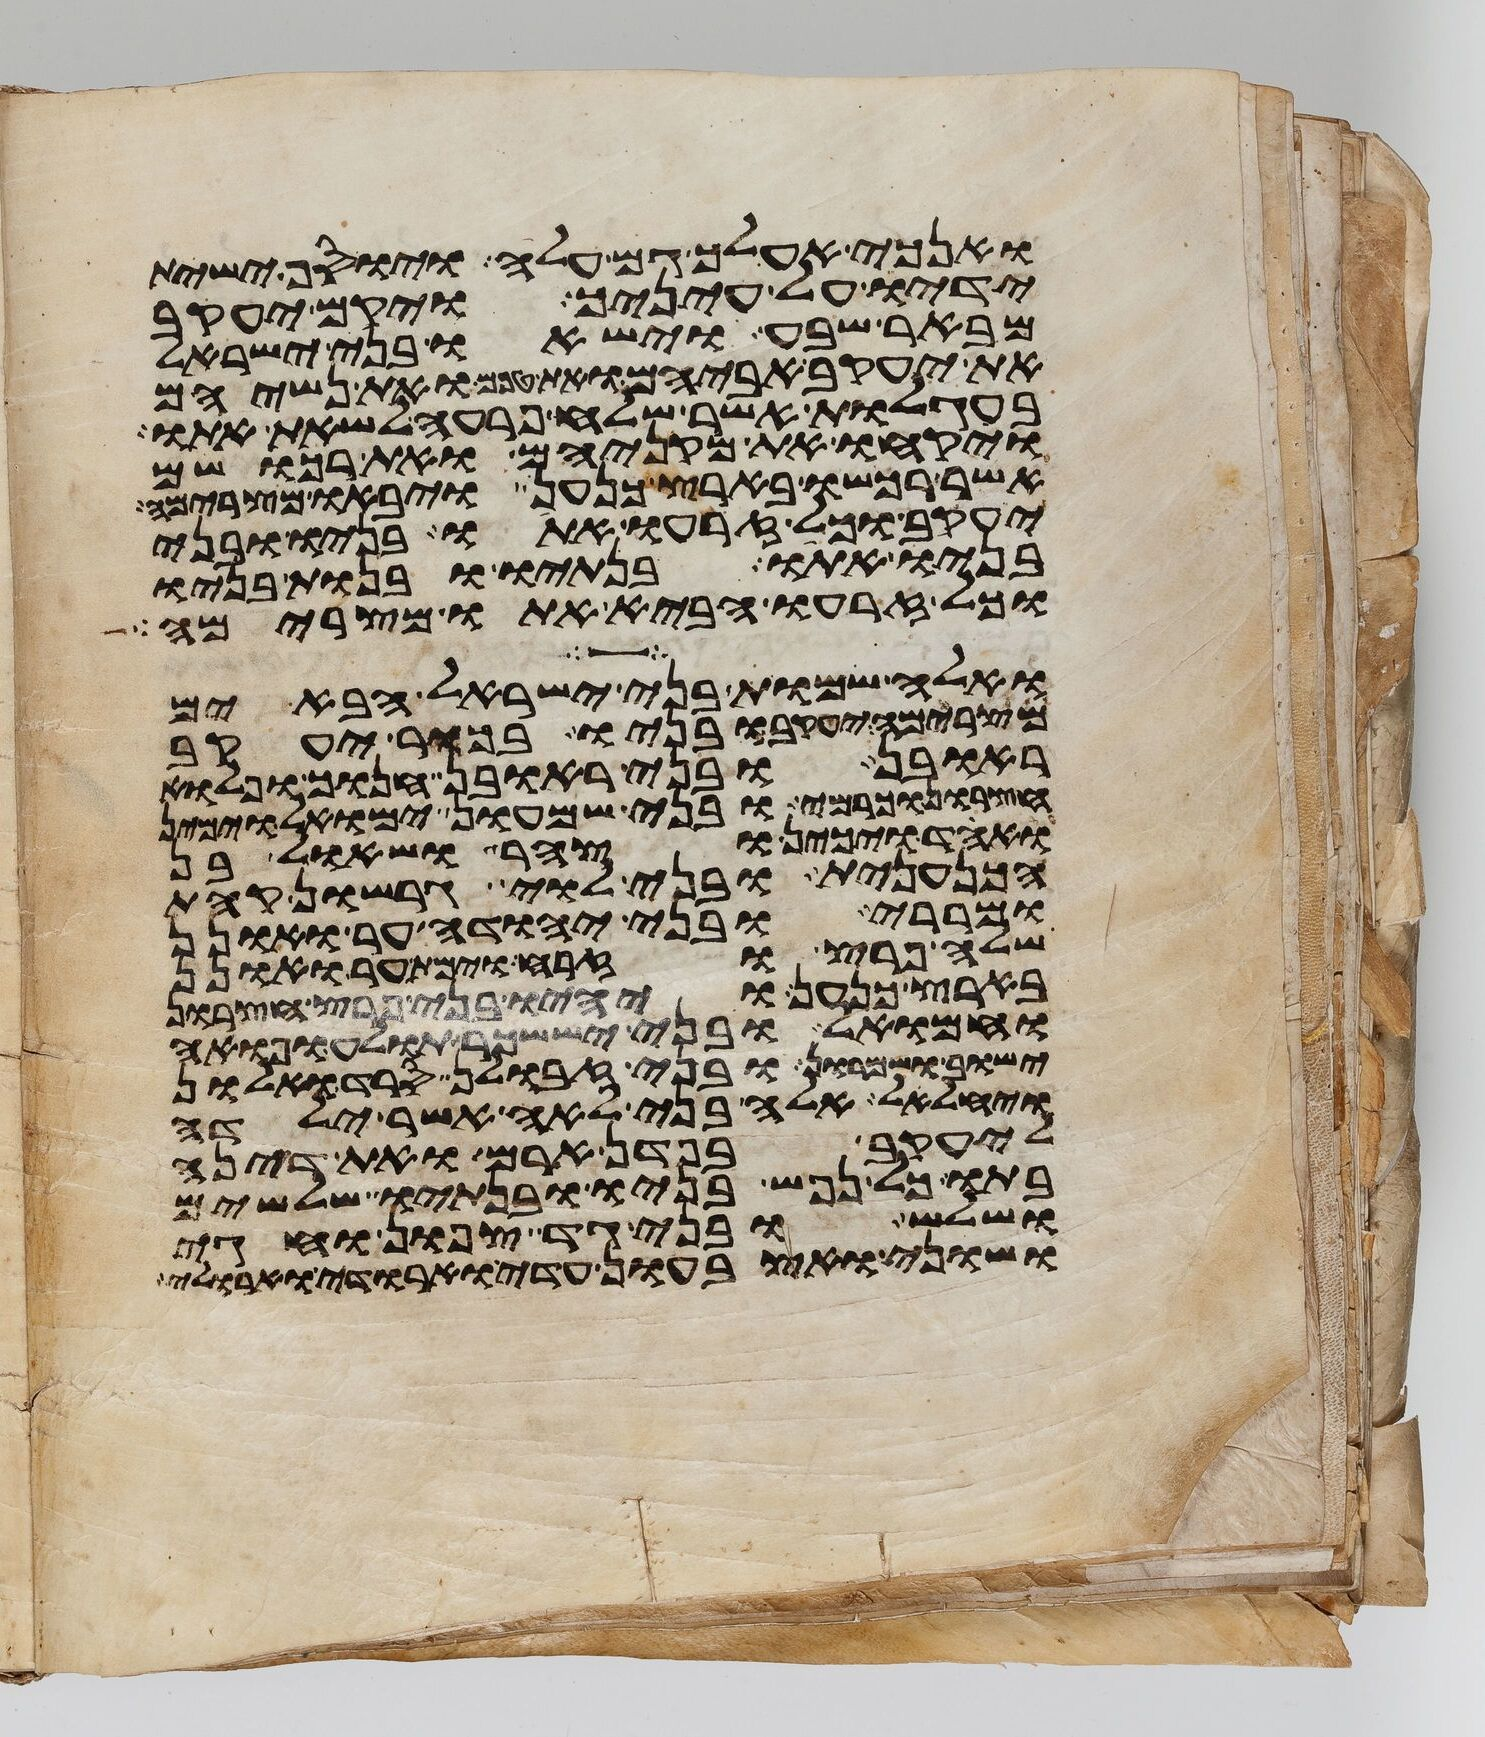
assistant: ואנכי אעלך גם עלה ויוסף ישית
ידיו על עיניך ויקם יעקב
מבאר שבע וישאו בני ישראל
את יעקב אביהם ואת טפם ואת נשיהם
בעגלות אשר שלח פרעה לשאת אתו
ויקחו את מקניהם ואת רכושם
אשר רכשו בארץ כנען ויבאו מצרימה
יעקב וכל זרעו אתו בניו ובני
בניו אתו בנתיו ובנות בניו
וכל זרעו הביא אתו מצרימה
ואלה שמות בני ישראל הבאים
מצרימה יעקב ובניו בכור יעקב
ראובן ובני ראובן חנוך ופלוא
חצרון וכרמי ובני שמעון ימואל וימין
ואחד ויכין וצהר ושאול בן
הכנענית ובני לוי גרשון קהת
ומררי ובני יהודה ער ואונן
שלה פרץ וזרח וימת ער ואונן
בארץ כנען ויהיו בני פרץ חצרון
וחמואל ובני יששכר תולע ופואה
ישוב ושמרון ובני זבולן סרד ואלון
ויחלאל אלה בני לאה אשר ילדה
ליעקב בפדן ארם ואת דינה
בתו כל נפש בניו ובנתיו שלשים
ושלש ובני גד צפון וחגי
ושוני ואצבעון עדי וארודי וארולי